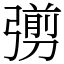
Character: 彅